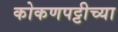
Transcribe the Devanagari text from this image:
कोकणपट्टीच्या